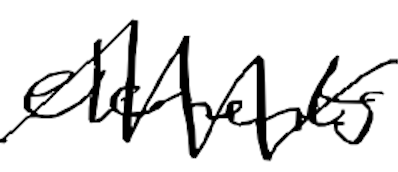
Text: elements
Cross-out: zig-zag
Writing tool: digital_black